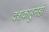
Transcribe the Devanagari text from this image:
दशकाहुनही